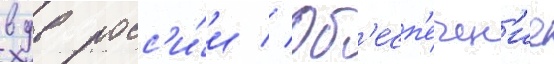
вдв росс'и́и // Об'есп'ечен'ие